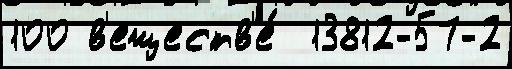
100 в'еществ'е́  13812-57-2